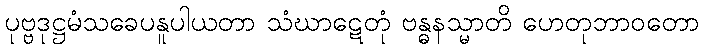
ပုဗ္ဗဒုဋ္ဌမံသခေပနူပါယတာ သံဃာဋေတုံ ဗန္ဓနသ္မာတိ ဟေတုဘာဝတော